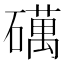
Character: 𥖣